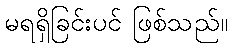
မရရှိခြင်းပင် ဖြစ်သည်။